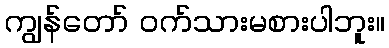
ကျွန်တော် ဝက်သားမစားပါဘူး။